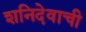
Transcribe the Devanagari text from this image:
शनिदेवाची